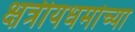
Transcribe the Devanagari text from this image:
क्षत्रीयधर्माच्या